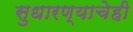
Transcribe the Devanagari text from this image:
सुधारण्याचेही